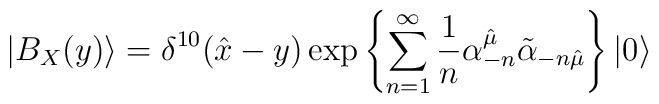
| B_X(y) \rangle = \delta^{10} ({\hat x}-y)   \exp \left\{    {\sum_{n=1}^\infty {1 \over n}     \alpha^{\hat \mu}_{-n} {\tilde \alpha}_{-n {\hat \mu}}} \right\}   | 0 \rangle